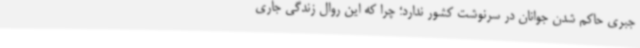
جبری حاکم شدن جوانان در سرنوشت کشور ندارد؛ چرا که این روال زندگی جاری